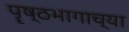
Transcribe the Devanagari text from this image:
पॄष्ठभागाच्या